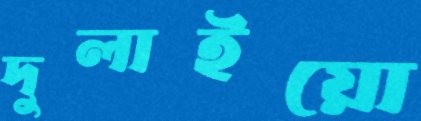
দুলাইয়ো